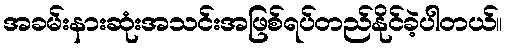
အခမ်းနားဆုံးအသင်းအဖြစ်ရပ်တည်နိုင်ခဲ့ပါတယ်။